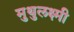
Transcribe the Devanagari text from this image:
मुथुलक्ष्मी